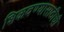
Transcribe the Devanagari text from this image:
शिकवण्यासाठीची